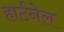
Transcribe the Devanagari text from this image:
हार्टनेल